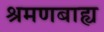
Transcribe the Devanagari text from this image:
श्रमणबाह्य